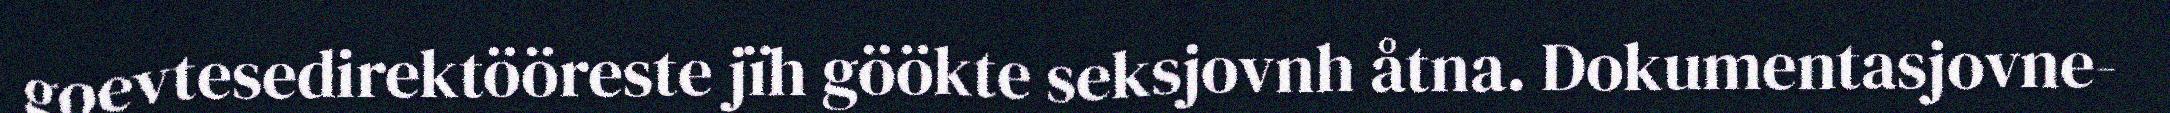
goevtesedirektööreste jïh göökte seksjovnh åtna. Dokumentasjovne-